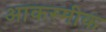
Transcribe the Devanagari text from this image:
आकस्मीक